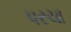
પરચા